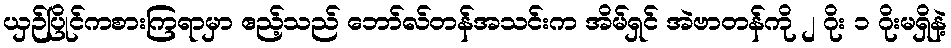
ယှဉ်ပြိုင်ကစားကြရာမှာ ဧည့်သည် ဘော်လ်တန်အသင်းက အိမ်ရှင် အဲဗာတန်ကို ၂ ဂိုး ၁ ဂိုးမရှိနဲ့